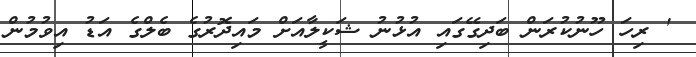
' ރިހަ ހޫނުކުރަން ބަދިގޭގައި އުޅުނު ޝަކީލާއަށް މައިދޮރުގެ ބެލްގެ އަޑު އިވުމުން